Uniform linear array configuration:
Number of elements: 32
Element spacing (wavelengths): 0.25
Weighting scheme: cosine
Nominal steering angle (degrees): -15
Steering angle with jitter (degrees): -14.342
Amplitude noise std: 0.05
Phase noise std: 0.05

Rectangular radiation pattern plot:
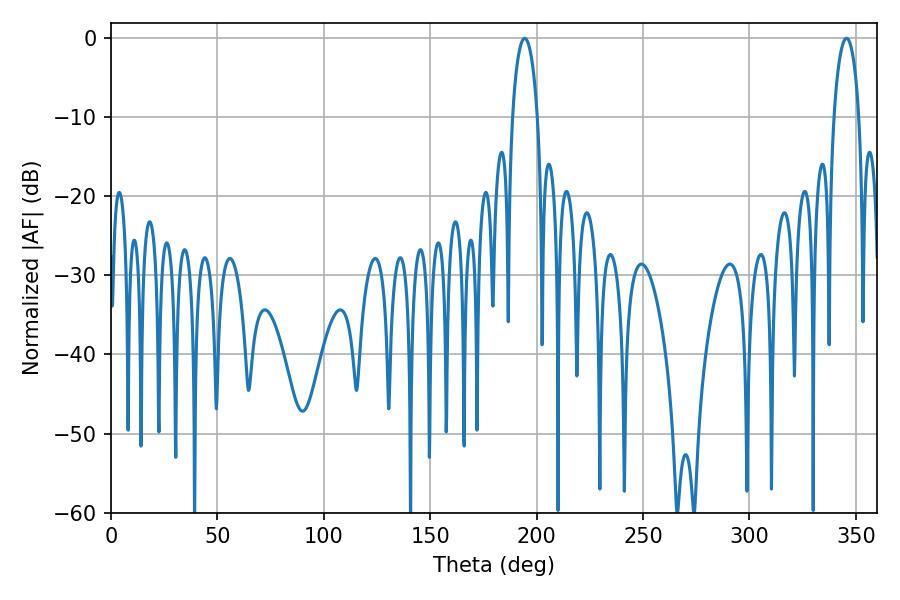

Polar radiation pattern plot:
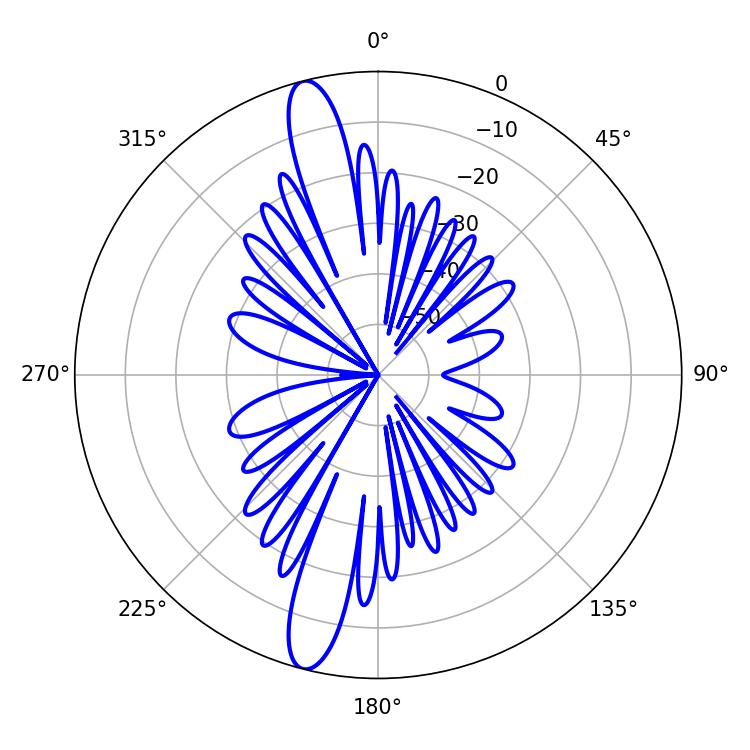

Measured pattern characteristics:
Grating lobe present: FALSE
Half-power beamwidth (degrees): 6.84
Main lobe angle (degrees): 194.4